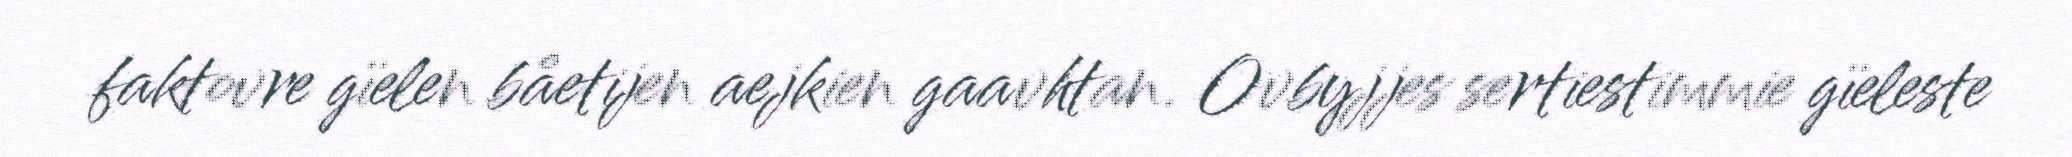
faktovre gïelen båetijen aejkien gaavhtan. Ovbyjjes sertiestimmie gïeleste